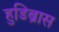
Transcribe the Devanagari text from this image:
हुडिब्रास